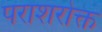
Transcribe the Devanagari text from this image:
पराशरोक्त